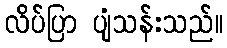
လိပ်ပြာ ပျံသန်းသည်။